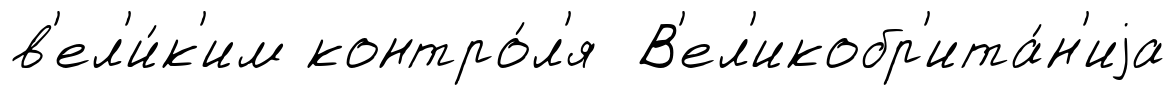
в'ел'и́к'им контро́л'я В'ел'икобр'ита́н'иjа